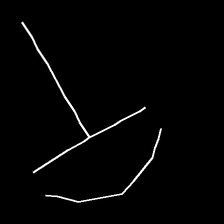
Glyph: dispersion